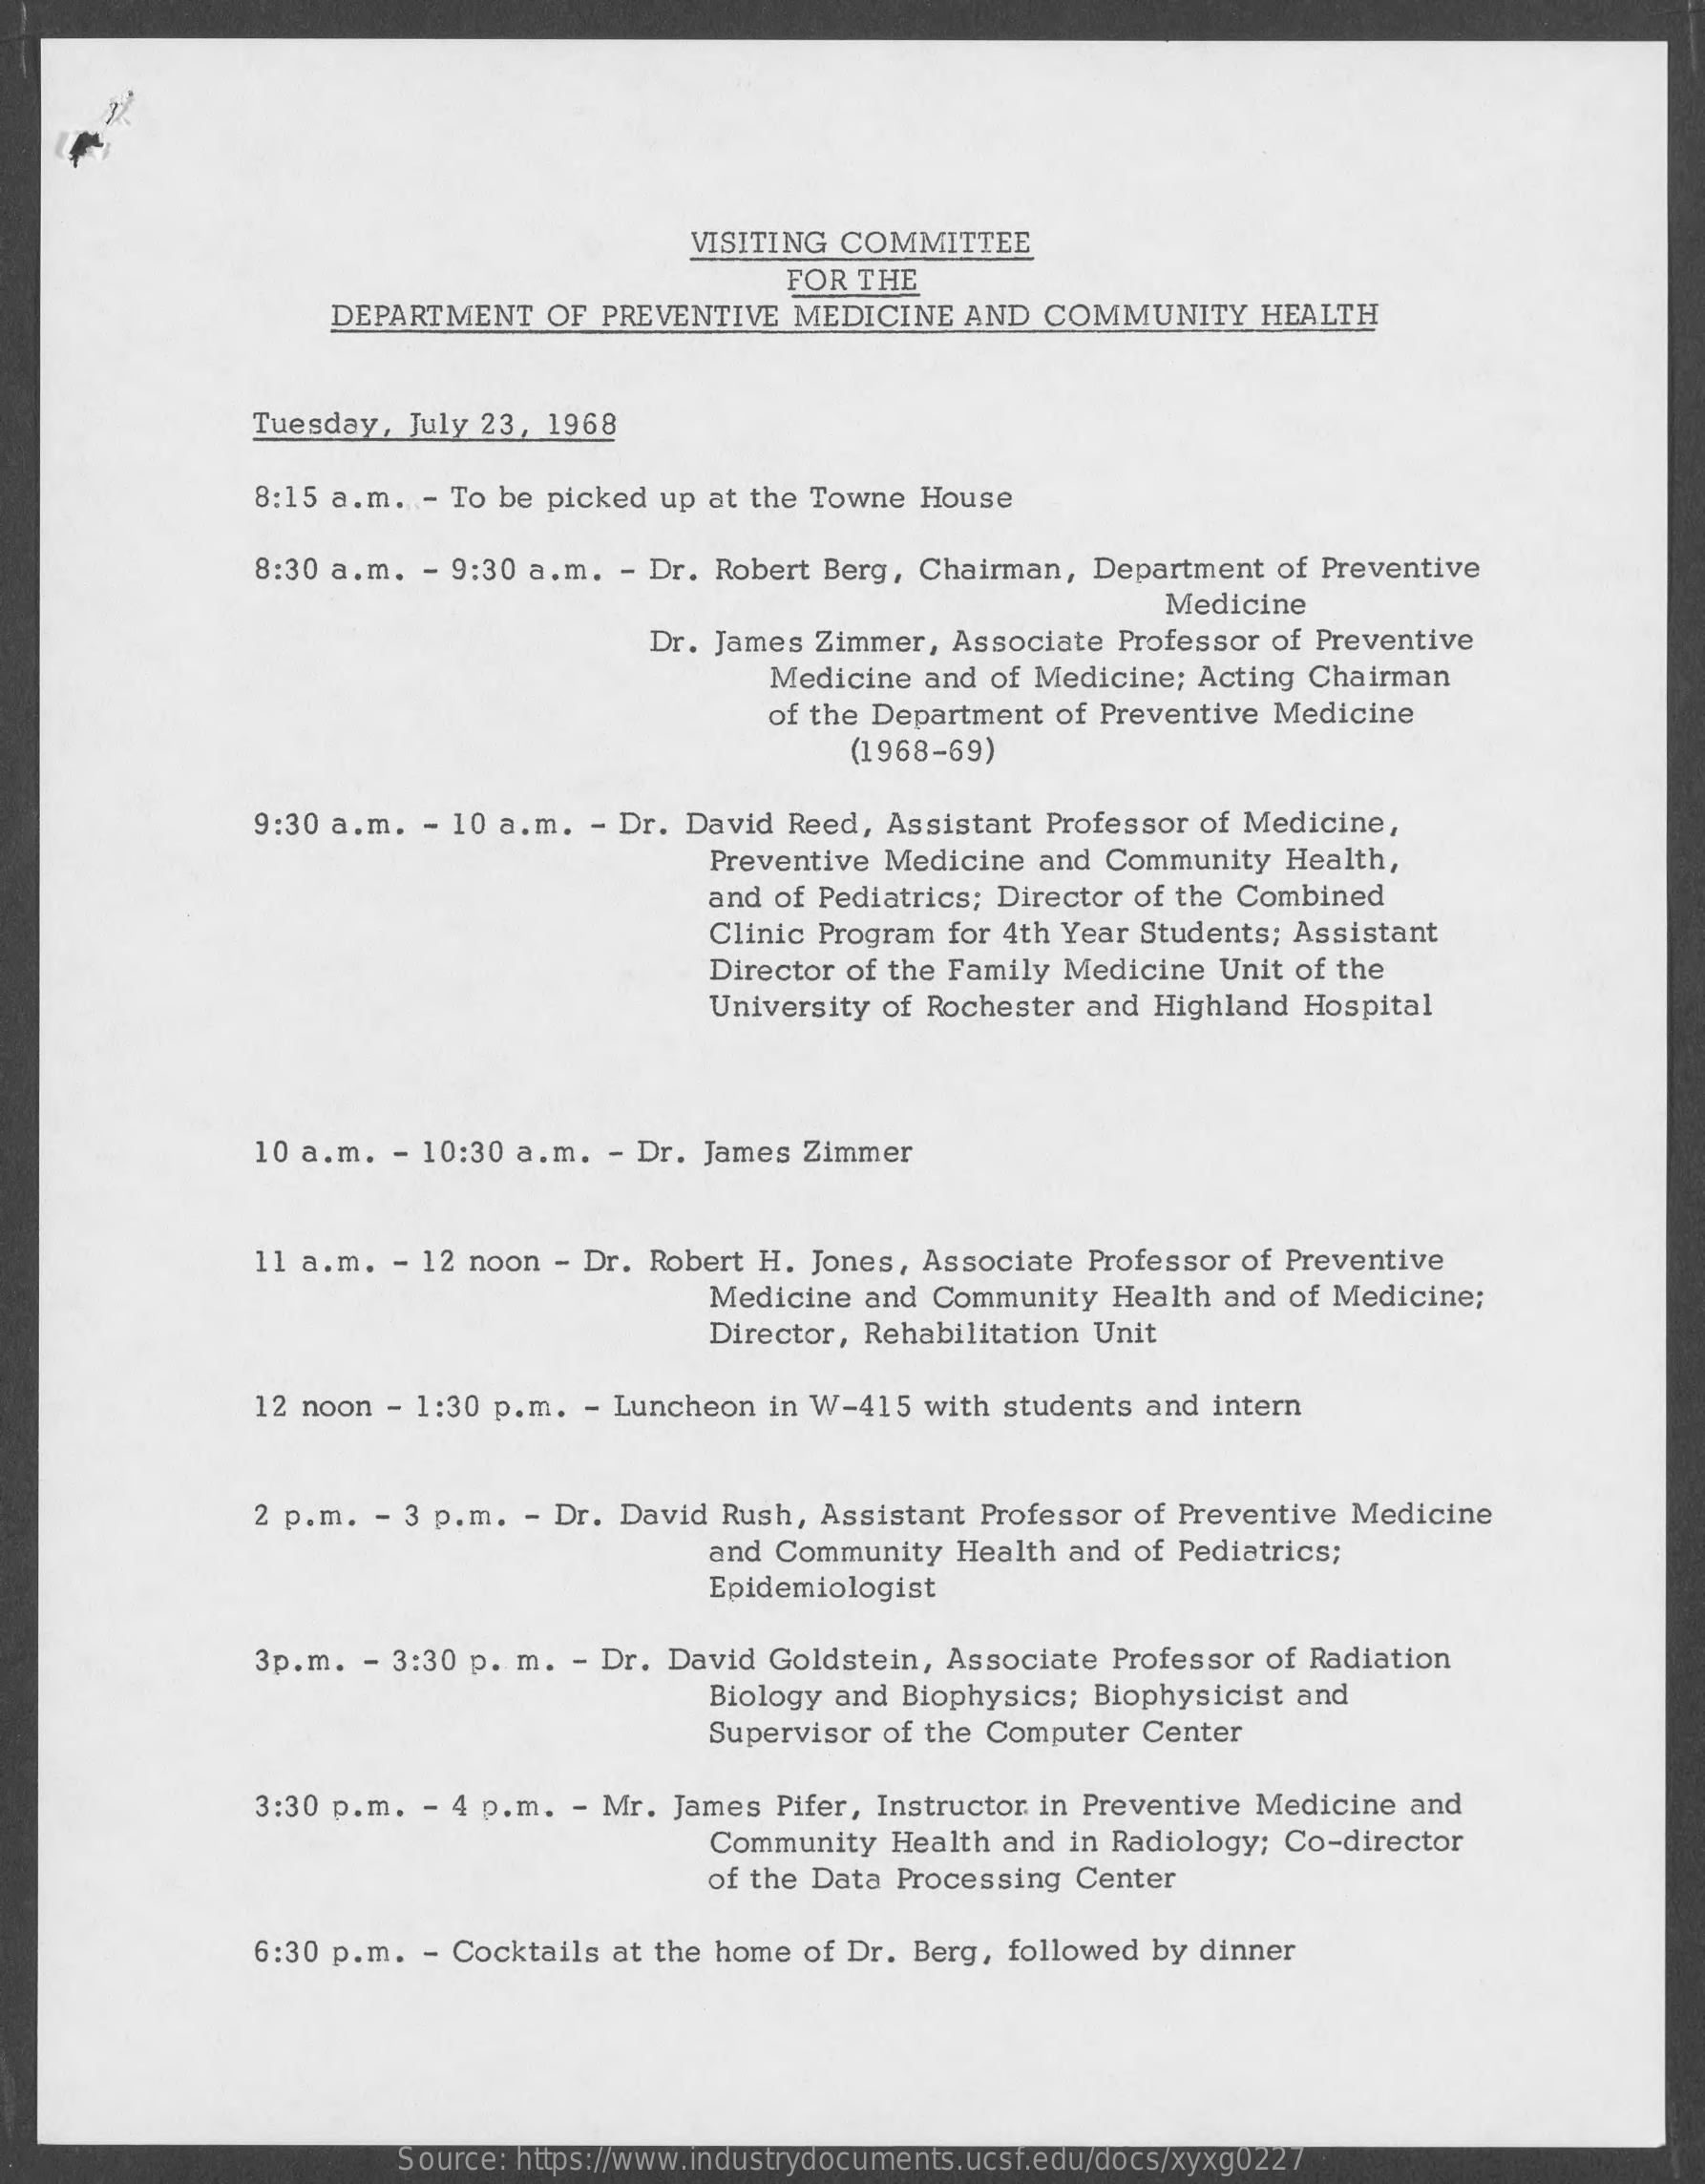
VISITING COMMITTEE
     FOR THE
     DEPARTMENT OF PREVENTIVE MEDICINE AND COMMUNITY HEALTH
     Tuesday, July 23, 1968
     8:15 a.m. - To be picked up at the Towne House
     8:30 a.m. - 9:30 a.m. - Dr. Robert Berg, Chairman, Department of Preventive
     Medicine
     Dr. James Zimmer, Associate Professor of Preventive
     Medicine and of Medicine; Acting Chairman
     of the Department of Preventive Medicine
     (1968-69)
     9:30 a.m. - 10 a.m. - Dr. David Reed, Assistant Professor of Medicine,
     Preventive Medicine and Community Health,
     and of Pediatrics; Director of the Combined
     Clinic Program for 4th Year Students; Assistant
     Director of the Family Medicine Unit of the
     University of Rochester and Highland Hospital
     10 a.m. - 10:30 a.m. - Dr. James Zimmer
     11 a.m. - 12 noon - Dr. Robert H. Jones, Associate Professor of Preventive
     Medicine and Community Health and of Medicine;
     Director, Rehabilitation Unit
     12 noon - 1:30 p.m. - Luncheon in W-415 with students and intern
     2 p.m. - 3 p.m. - Dr. David Rush, Assistant Professor of Preventive Medicine
     and Community Health and of Pediatrics;
     Epidemiologist
     3p.m. - 3:30 p. m. - Dr. David Goldstein, Associate Professor of Radiation
     Biology and Biophysics; Biophysicist and
     Supervisor of the Computer Center
     3:30 p.m. - 4 p.m. - Mr. James Pifer, Instructor in Preventive Medicine and
     Community Health and in Radiology; Co-director
     of the Data Processing Center
     6:30 p.m. - Cocktails at the home of Dr. Berg, followed by dinner
     Source: https://www.industrydocuments.ucsf.edu/docs/xyxg0227